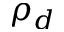
\rho _ { d }